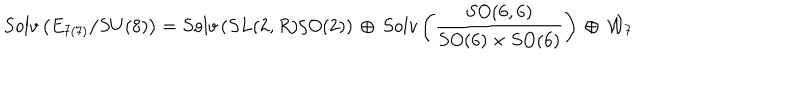
S o l v \left( E _ { 7 ( 7 ) } / S U ( 8 ) \right) = S o l v \left( S L ( 2 , R ) / O ( 2 ) \right) \, \oplus \, S o l v \left( \frac { S O ( 6 , 6 ) } { S O ( 6 ) \times S O ( 6 ) } \right) \, \oplus \, { \cal W } _ { 7 }